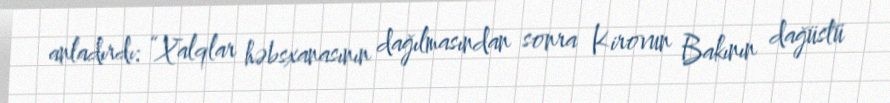
anladırdı: “Xalqlar həbsxanasının dağılmasından sonra Kirovun Bakının dağüstü